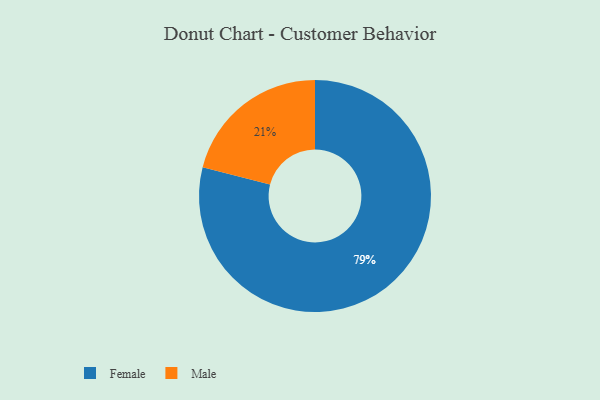
{"axis": {"x": "Category", "y": "Percentage"}, "legend": ["Female", "Male"], "data": [{"x": "Male", "y": 21, "type": "Male"}, {"x": "Female", "y": 79, "type": "Female"}]}